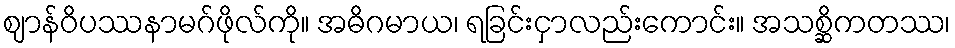
ဈာန်ဝိပဿနာမဂ်ဖိုလ်ကို။ အဓိဂမာယ၊ ရခြင်းငှာလည်းကောင်း။ အသစ္ဆိကတဿ၊